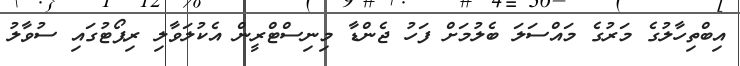
އިބްތިހާލުގެ މަރުގެ މައްސަލަ ބެލުމަށް ފަހު ޖެންޑާ މިނިސްޓްރީން އެކުލަވާލި ރިޕޯޓުގައި ސުވާލު